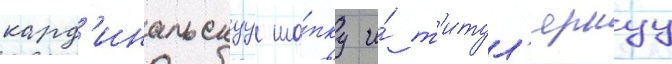
кард'инальскуу ша́пку и́ т'итул'ярнуу